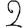
Digit: 2